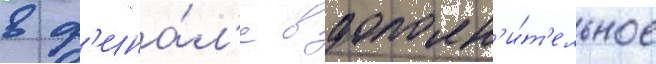
в ф'ина́л'е в дополн'и́т'ельное